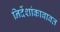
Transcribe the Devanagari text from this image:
निर्देशांकाबाबत